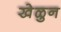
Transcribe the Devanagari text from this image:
खेळुन